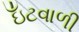
ઇઁટવાળી